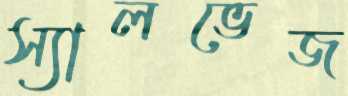
স্যালভেজ